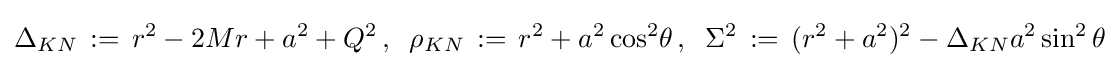
\Delta _{KN}\,:=\,r^{2}-2Mr+a^{2}+Q^{2}\,,\;\;\rho _{KN}\,:=\,r^{2}+a^{2}\cos ^{2}\!\theta \,,\;\;\Sigma ^{2}\,:=\,(r^{2}+a^{2})^{2}-\Delta _{KN}a^{2}\sin ^{2}\theta